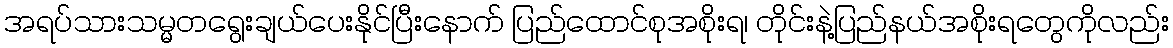
အရပ်သားသမ္မတရွေးချယ်ပေးနိုင်ပြီးနောက် ပြည်ထောင်စုအစိုးရ၊ တိုင်းနဲ့ပြည်နယ်အစိုးရတွေကိုလည်း